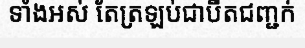
ទាំងអស់ តែត្រឡប់ជាបឺតជញ្ជក់